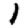
Digit: 1